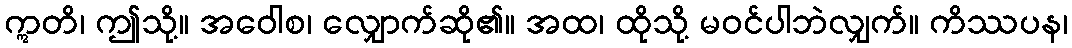
ဣတိ၊ ဤသို့။ အဝေါစ၊ လျှောက်ဆို၏။ အထ၊ ထိုသို့ မဝင်ပါဘဲလျှက်။ ကိဿပန၊